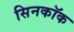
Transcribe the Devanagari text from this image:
सिनकॉक